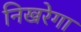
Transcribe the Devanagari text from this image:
निखरेगा